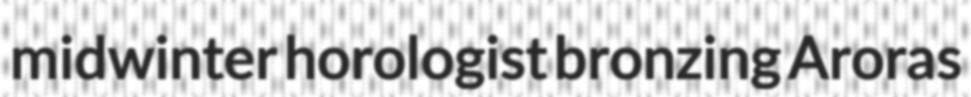
midwinter horologist bronzing Aroras